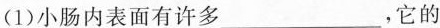
(1)小肠内表面有许多___，它的